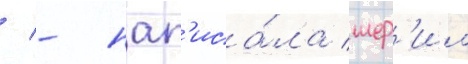
/ - нап'иса́ла шер'ил